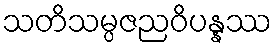
သတိသမ္ပဇညဝိပန္နဿ